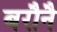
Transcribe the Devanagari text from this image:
बरौनै